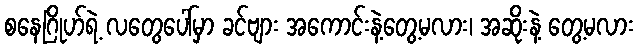
စနေဂြိုဟ်ရဲ့ လတွေပေါ်မှာ ခင်ဗျား အကောင်းနဲ့တွေ့မလား၊ အဆိုးနဲ့ တွေ့မလား